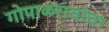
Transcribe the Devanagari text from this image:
गोपाळरावांचा